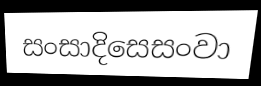
සංසාදිසෙසංවා